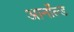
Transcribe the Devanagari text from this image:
आर्नाॅल्ड